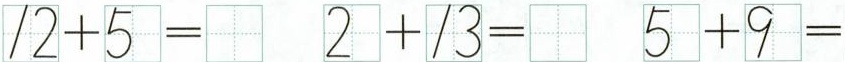
$$1 2 + 5 =$$ $$2 + 1 3 =$$ $$5 + 9 =$$